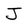
Character: J